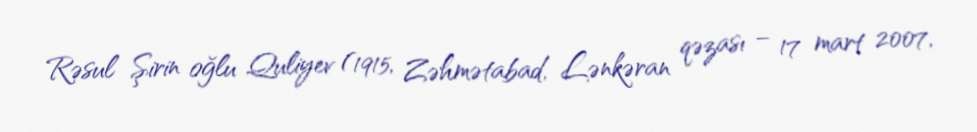
Rəsul Şirin oğlu Quliyev (1915, Zəhmətabad, Lənkəran qəzası – 17 mart 2007,